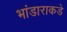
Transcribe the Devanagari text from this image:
भांडाराकडे